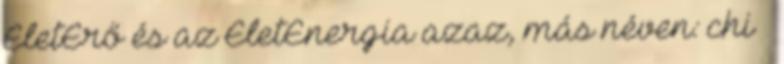
ÉletErő és az ÉletEnergia azaz, más néven: chi